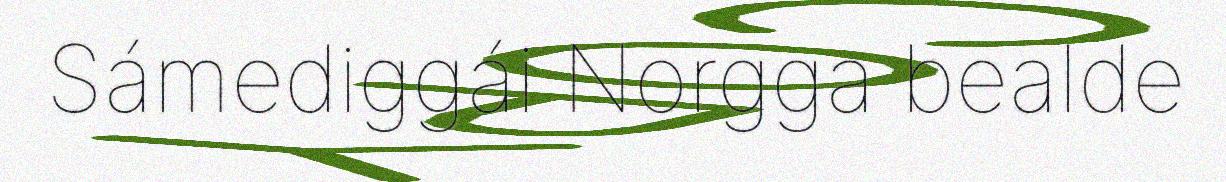
Sámediggái Norgga bealde